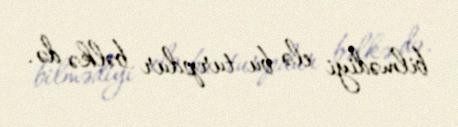
bilmədiyi elə bu turpdur bəlkə də.